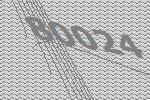
80024